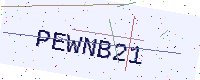
Text: PEWNB21